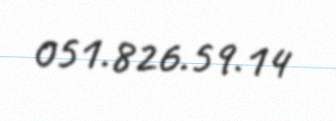
051.826.59.14